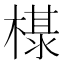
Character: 𰘖